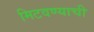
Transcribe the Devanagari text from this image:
मिटवण्याची